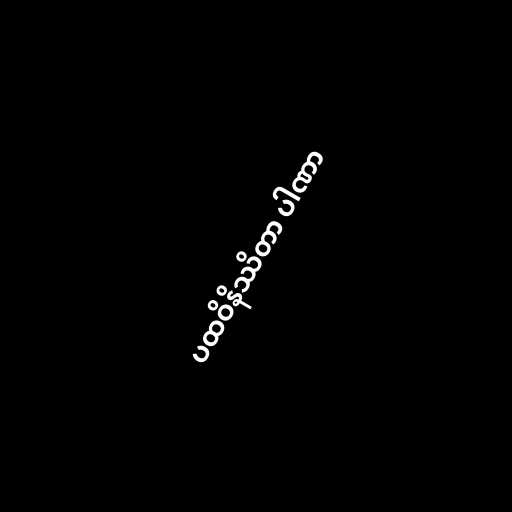
ပထဝိနိဿိတာ ပါဏာ